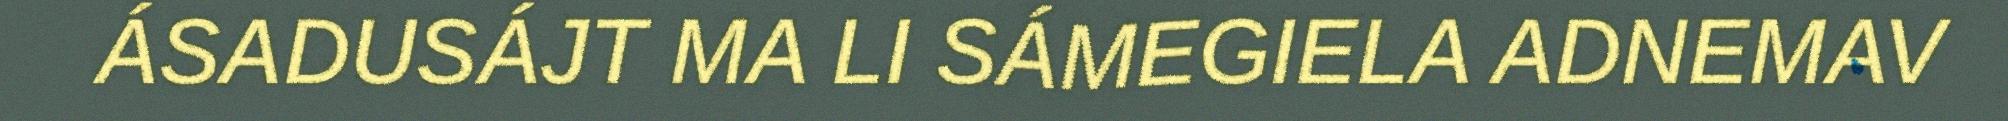
ÁSADUSÁJT MA LI SÁMEGIELA ADNEMAV